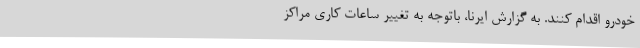
خودرو اقدام کنند. به گزارش ایرنا، باتوجه به تغییر ساعات کاری مراکز